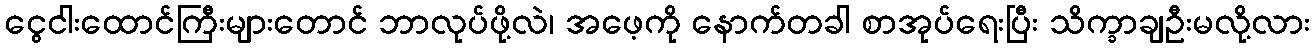
ငွေငါးထောင်ကြီးများတောင် ဘာလုပ်ဖို့လဲ၊ အဖေ့ကို နောက်တခါ စာအုပ်ရေးပြီး သိက္ခာချဦးမလို့လား